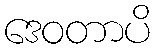
ဒေဝတာပိ